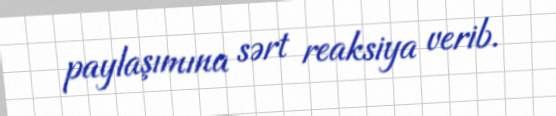
paylaşımına sərt reaksiya verib.